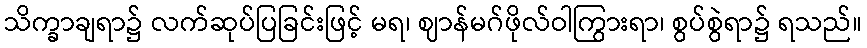
သိက္ခာချရာ၌ လက်ဆုပ်ပြခြင်းဖြင့် မရ၊ ဈာန်မဂ်ဖိုလ်ဝါကြွားရာ၊ စွပ်စွဲရာ၌ ရသည်။